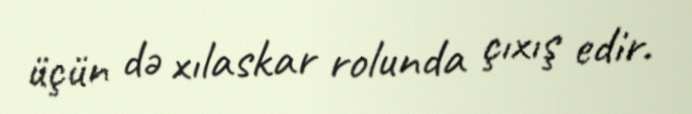
üçün də xılaskar rolunda çıxış edir.